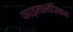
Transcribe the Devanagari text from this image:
फाइलालॅजिकल